Civil Veterinary Department Bengal reports 1923-33 - 1923-1933
Year: 1923
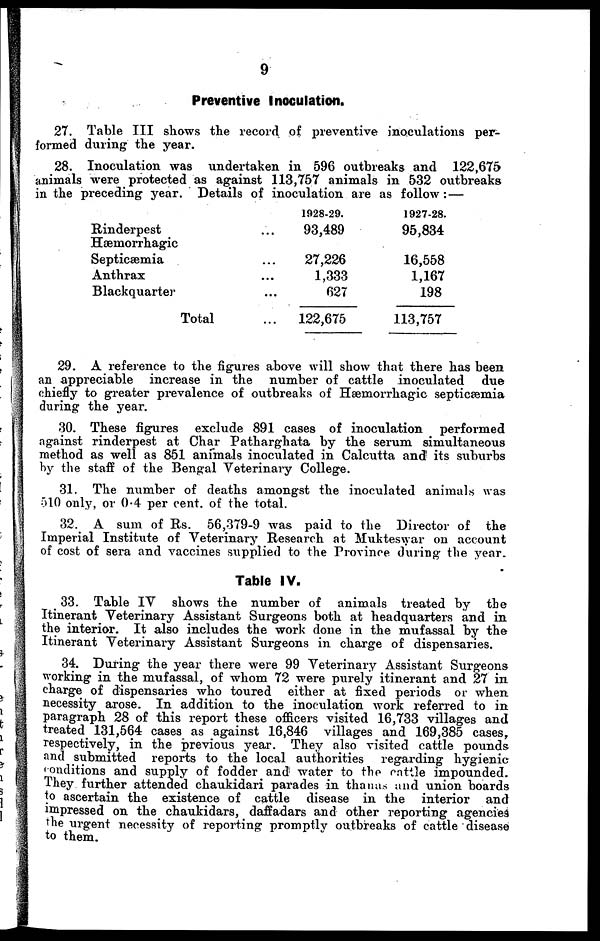
9
Preventive Inoculation.
27. Table III shows the record of preventive inoculations per-
formed during the year.
28. Inoculation was undertaken in 596 outbreaks and 122,675
animals were protected as against 113,757 animals in 532 outbreaks
in the preceding year. Details of inoculation are as follow: —
Rinderpest
Hæmorrhagic
Septicæmia
Anthrax
Blackquarter
Total
...
...
...
...
...
...
1928-29.
93,489
27,226
1,333
627
122,675
1927-28.
95,834
16,558
1,167
198
113,757
29. A reference to the figures above will show that there has been
an appreciable increase in the number of cattle inoculated
due
chiefly to greater prevalence of outbreaks of Hæmorrhagic septicæmia
during the year.
30. These figures exclude 891 cases of inoculation
performed
against rinderpest at Char Patharghata by the serum simultaneous
method as well as 851 animals inoculated in Calcutta and its suburbs
by the staff of the Bengal Veterinary College.
31. The number of deaths amongst the inoculated animals was
510 only, or 0.4 per cent of the total.
32. A sum of Rs. 56,379-9 was paid to the Director of the
Imperial Institute of Veterinary Research at Mukteswar on account
of cost of sera and vaccines supplied to the Province during the year.
Table IV.
33. Table IV shows the number of animals treated by the
Itinerant Veterinary Assistant Surgeons both at headquarters and in
the interior. It also includes the work done in the mufassal by the
Itinerant Veterinary Assistant Surgeons in charge of dispensaries.
34. During the year there were 99 Veterinary Assistant Surgeons
working in the mufassal, of whom 72 were purely itinerant and 27 in
charge of dispensaries who toured either at fixed periods or when
necessity arose. In addition to the inoculation work referred to in
paragraph 28 of this report these officers visited 16,733 villages and
treated 131,564 cases as against 16,846 villages and 169,385 cases,
respectively, in the previous year. They also visited cattle pounds
and submitted reports to the local authorities regarding hygienic
conditions and supply of fodder and water to the cattle impounded.
They further attended chaukidari parades in than as and union boards
to ascertain the existence of cattle disease in the interior and
impressed on the chaukidars, daffadars and other reporting agencies
the urgent necessity of reporting promptly outbreaks of cattle disease
to them.